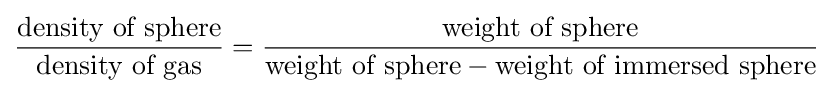
{\frac {\text{density of sphere}}{\text{density of gas}}}={\frac {\text{weight of sphere}}{{\text{weight of sphere}}-{\text{weight of immersed sphere}}}}